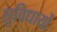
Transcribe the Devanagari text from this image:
सुविधायों